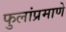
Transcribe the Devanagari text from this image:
फुलांप्रमाणे